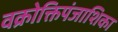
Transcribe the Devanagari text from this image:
वक्रोक्तिपंजाशिका